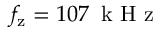
f _ { \mathrm { z } } = 1 0 7 \ensuremath { \, \mathrm { ~ k ~ H ~ z ~ } }